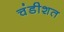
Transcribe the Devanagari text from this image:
चंडीशत